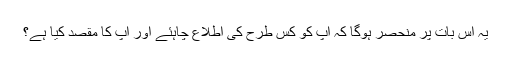
یہ اس بات پر منحصر ہوگا کہ آپ کو کس طرح کی اطلاع چاہئے اور آپ کا مقصد کیا ہے؟